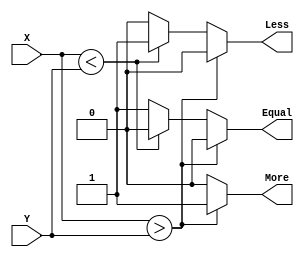
`timescale 1ns / 1ps
//////////////////////////////////////////////////////////////////////////////////
// Company: 
// Engineer: 
// 
// Design Name: 
// Module Name: N_Bit_Comparator
// Project Name: 
// Target Devices: 
// Tool Versions: 
// Description: 
// 
// Dependencies: 
// 
// Revision:
// Revision 0.01 - File Created
// Additional Comments:
// 
//////////////////////////////////////////////////////////////////////////////////


module N_Bit_Comparator(X,Y,Less,More,Equal);
parameter n = 16 ;
input[n-1:0] X , Y;
output Less ,More ,Equal;
reg Less=0, More=0, Equal=0;
always @ (X,Y)
begin
if(X>Y)
begin
Less=0;Equal=0;More=1;
end
else if (X<Y)
begin
Less=1;Equal=0;More=0;
end
else
begin
Less=0;Equal=1;More=0;
end
end
endmodule